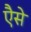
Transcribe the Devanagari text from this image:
एैसे